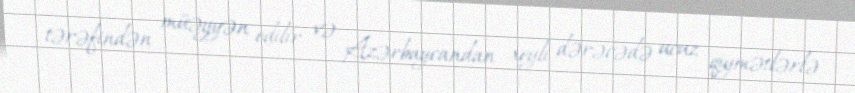
tərəfindən müəyyən edilir və Azərbaycandan xeyli dərəcədə ucuz qiymətlərlə